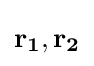
\mathbf {r_{1}} ,\mathbf {r_{2}}